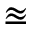
\approxeq